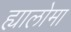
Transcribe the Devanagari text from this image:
ह्यालोमा